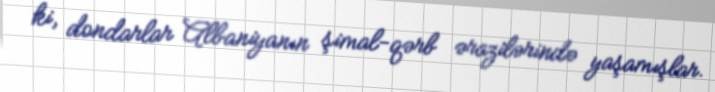
ki, dondarlar Albaniyanın şimal-qərb ərazilərində yaşamışlar.